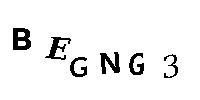
BEGNG3